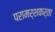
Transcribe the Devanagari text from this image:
परामर्शकर्ता